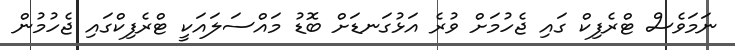
ނަމަވެސް ޓްރެފިކް ގައި ޖެހުމަށް ވުރެ އަޅުގަނޑަށް ބޮޑު މައްސަލައަކީ ޓްރެފިކްގައި ޖެހުމުން